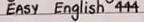
EASY English 444